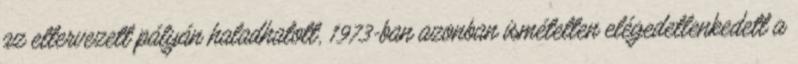
az eltervezett pályán haladhatott, 1973-ban azonban ismételten elégedetlenkedett a